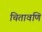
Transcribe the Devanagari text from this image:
चितावणि